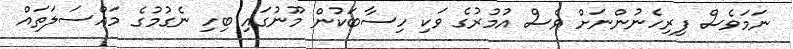
ނަމަވެސް ފިރިހެނުންނަށް ވެސް އުމުރުގެ ވަކި ހިސާބަކުން މޫނުގައި ބިހި ނެގުމުގެ މައްސަލަތައް